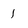
Character: 1